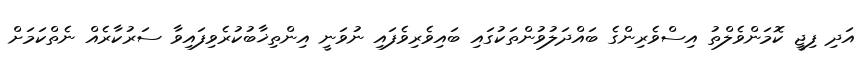
އަދި ފިޖީ ކޮމަންވެލްތު އިސްވެރިންގެ ބައްދަލުވުންތަކުގައި ބައިވެރިވެފައި ނުވަނީ އިންތިޚާބުކުރެވިފައިވާ ސަރުކާރެއް ނެތްކަމަށް